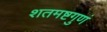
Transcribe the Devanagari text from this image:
शतमष्टगुणं